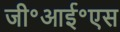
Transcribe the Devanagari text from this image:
जी॰आई॰एस